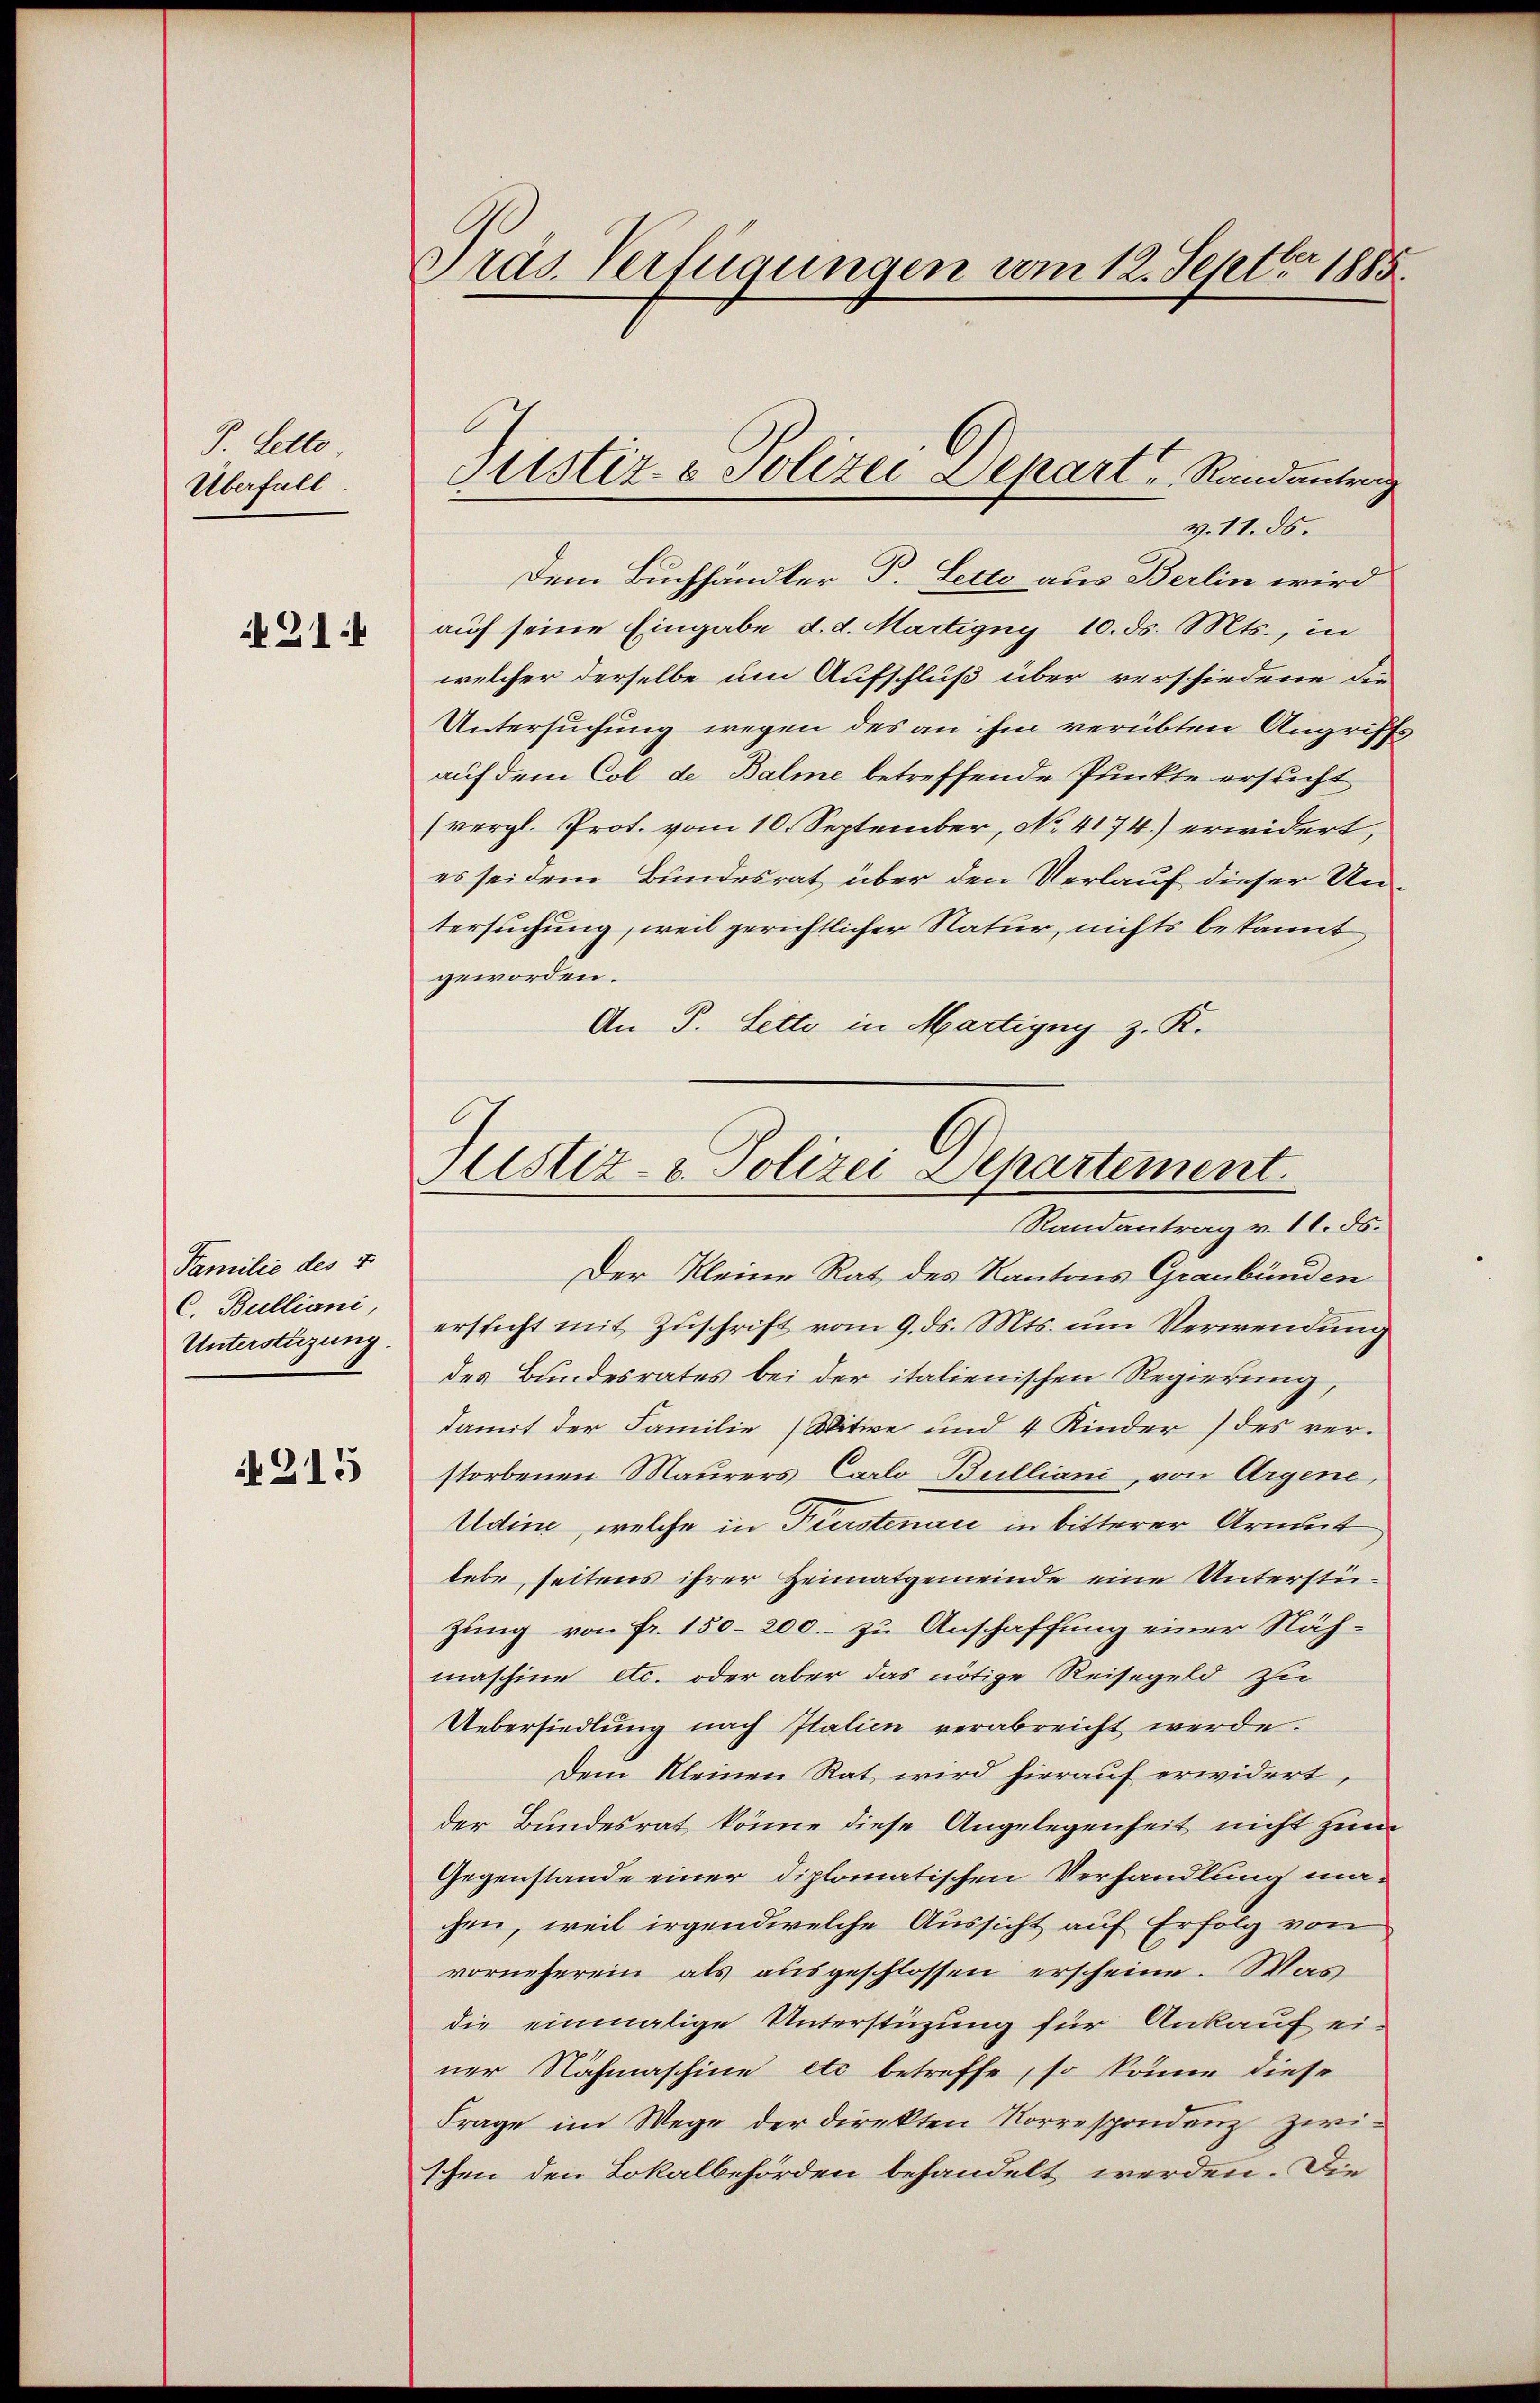
J. Letto
Überfall

214

Familie des 5
C. Bulliani,
Unterstüzung.

215

Pras. Verfügungen vom 12. Septbr 1885.

v. 11. ds.
Dem Buchhändler P. Lette aus Berlin wird
auf seine Eingabe d. d. Martigny 10. ds. Mts., in
welcher derselbe um Aufschluß über verschiedene die
Untersuchung wegen des an ihm verübten Angriffe
auf dem Col de Balme betreffende Punkte ersucht
(vergl. Prot. vom 10. September, No. 4174) erwidert,
es sei dem Bundesrat über den Verlauf dieser Untersuchung, weil gerichtlicher Natur, nichts bekannt
geworden.
An J. Lette in Martigny z. K.

Fristiz- & Polizei Depart   Randantrag

Justiz- u. Polizei Departement.
Randantrag v. 11. ds.

Der Kleine Rat des Kantons Graubünden
ersticht mit Zuschrift vom 9. ds. Mts. um Verwendung
des Bundesrates bei der italienischen Regierung,
damit der Familie (Witwe und 4 Kinder) des ver-
storbenen Maurers Carlo Bulliani, von Argene,
Udine, welche in Fürstenau in bitterer Armut
lebe, seitens ihrer Heimatgemeinde eine Unterstüzung von Fr. 150-200.- zu Anschaffung einer Nähmaschine etc. oder aber das nötige Reisegeld zu
Uebersiedlung nach Italien verabreicht werde.
Dem kleinen Rat wird hierauf erwidert,
der Bundesrat könne diese Angelegenheit nicht zum
Gegenstande einer diplomatischen Verhandlung ma-
chen, weil irgendwelche Aussicht auf Erfolg von
vorneherein als ausgeschlossen erscheine. Was
die einmalige Unterstüzung für Ankauf ei-
ner Nachmaschine etc betreffe, so könne diese
Frage im Wege der direkten Korrespondenz zwi-
schen den Lokalbehörden behandelt werden. Die